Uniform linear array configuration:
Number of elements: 8
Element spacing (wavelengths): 0.5
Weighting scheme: blackman
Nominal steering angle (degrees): -60
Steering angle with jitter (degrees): -61.852
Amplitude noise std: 0.05
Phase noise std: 0.05

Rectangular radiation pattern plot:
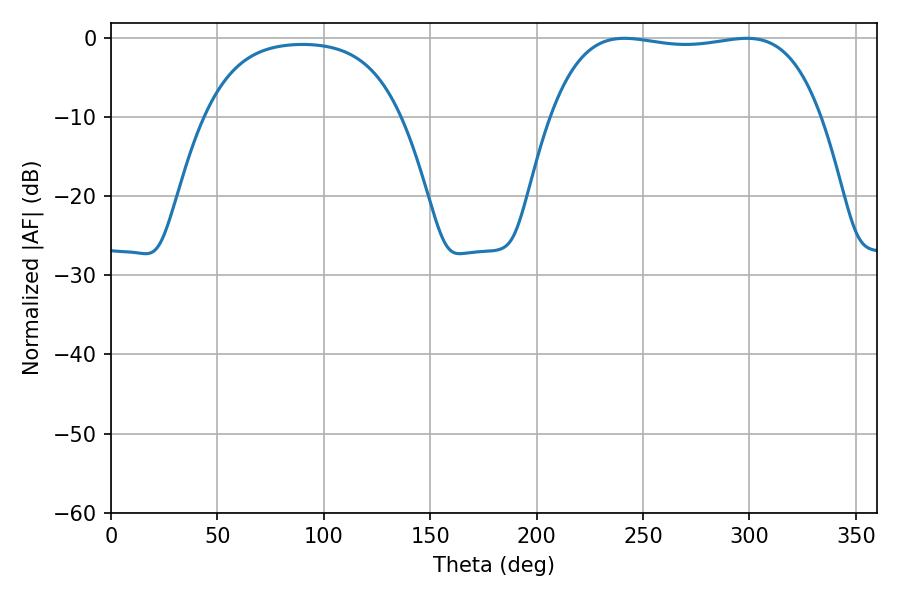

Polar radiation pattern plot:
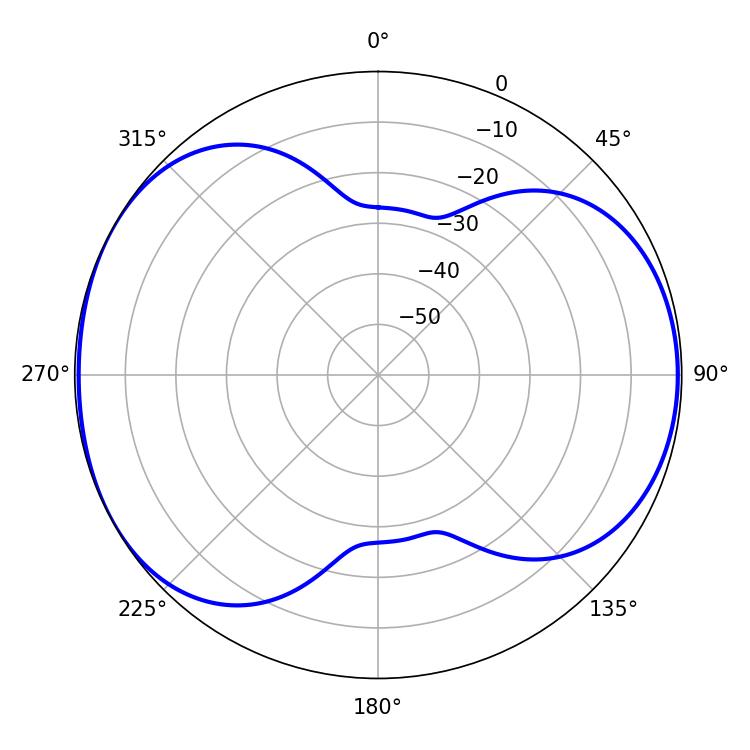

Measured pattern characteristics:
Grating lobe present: FALSE
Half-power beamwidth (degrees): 100.8
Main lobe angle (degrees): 241.2